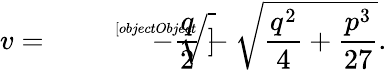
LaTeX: v={\sqrt[[objectObject]]{-{\frac{q}{2}}-{\sqrt{{\frac{q^{2}}{4}}+{\frac{p^{3}}{27}}}}}}.